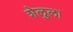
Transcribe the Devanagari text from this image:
शेलुला